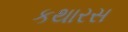
કથારસ